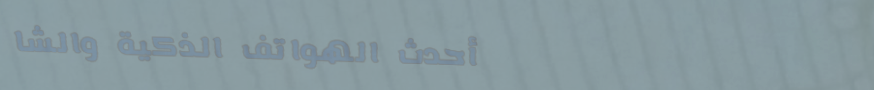
أحدث الهواتف الذكية والشا